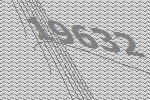
19632